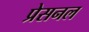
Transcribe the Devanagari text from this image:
प्रेसनल